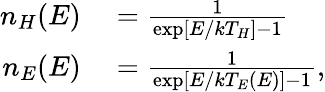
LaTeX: \begin{array}{rl}{n_{H}(E)}&{{}=\frac{1}{\exp[E/kT_{H}]-1}}\\ {n_{E}(E)}&{{}=\frac{1}{\exp[E/kT_{E}(E)]-1},}\end{array}